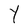
Character: Y